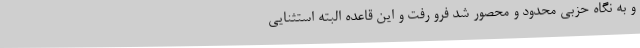
و به نگاه حزبی محدود و محصور شد فرو رفت و این قاعده البته استثنایی